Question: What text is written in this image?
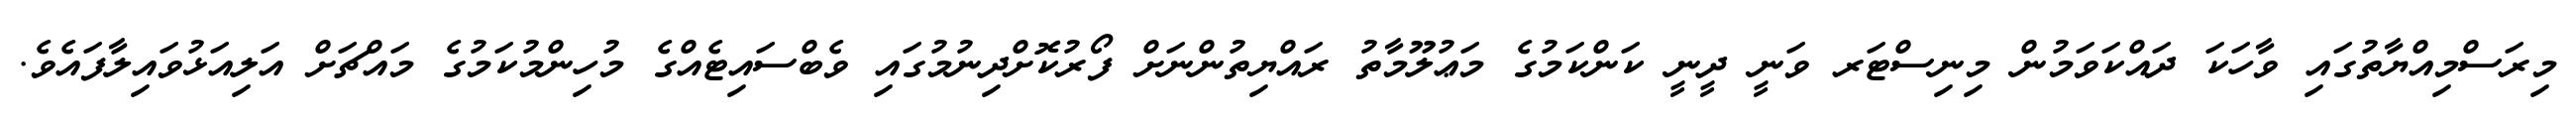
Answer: މިރަސްމިއްޔާތުގައި ވާހަކަ ދައްކަވަމުން މިނިސްޓަރ ވަނީ ދީނީ ކަންކަމުގެ މަޢުލޫމާތު ރައްޔިތުންނަށް ފޯރުކޮށްދިނުމުގައި ވެބްސައިޓެއްގެ މުހިންމުކަމުގެ މައްޗަށް އަލިއަޅުވައިލާފައެވެ.